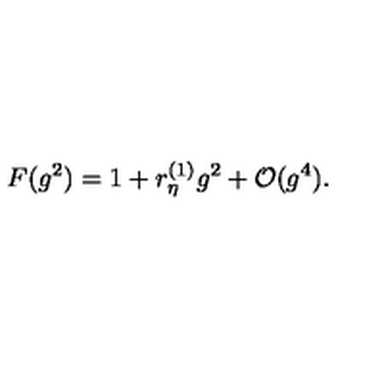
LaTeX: F ( g ^ { 2 } ) = 1 + r _ { \eta } ^ { ( 1 ) } g ^ { 2 } + { \cal O } ( g ^ { 4 } ) .